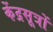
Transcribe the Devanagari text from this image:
केंद्रसूत्रों